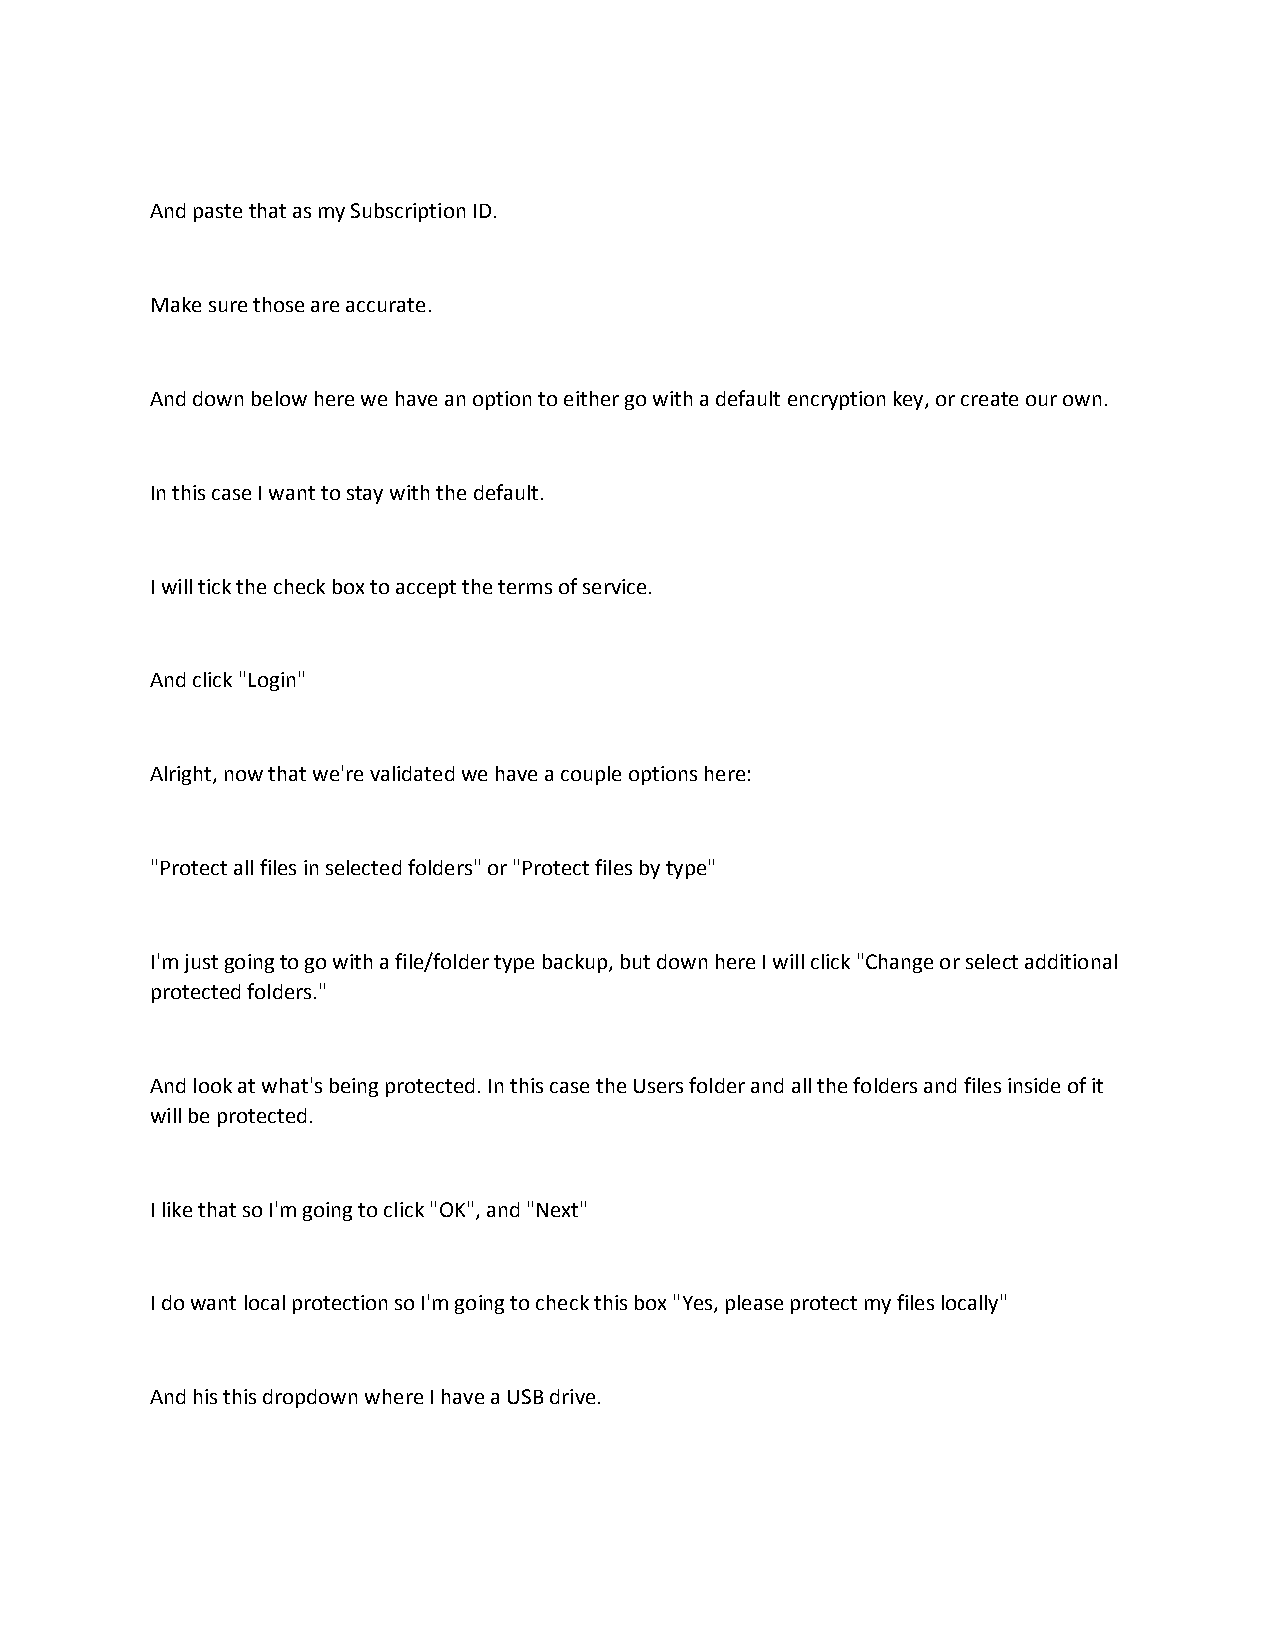
And paste that as my Subscription ID.
 Make sure those are accurate.
 And down below here we have an option to either go with a default encryption key, or create our own.
 In this case I want to stay with the default.
 I will tick the check box to accept the terms of service.
 And click "Login"
 Alright, now that we're validated we have a couple options here:
 "Protect all files in selected folders" or "Protect files by type"
 I'm just going to go with a file/folder type backup, but down here I will click "Change or select additional
 protected folders."
 And look at what's being protected. In this case the Users folder and all the folders and files inside of it
 will be protected.
 I like that so I'm going to click "OK", and "Next"
 I do want local protection so I'm going to check this box "Yes, please protect my files locally"
 And his this dropdown where I have a USB drive.